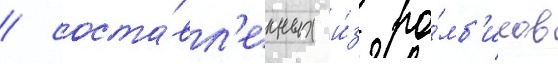
/ соста́вл'енных и́з ро́мб'иков